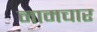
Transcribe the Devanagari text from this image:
नामचार